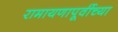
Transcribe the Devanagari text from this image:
रामायणापूर्वीच्या